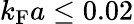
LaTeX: k_{\mathrm{F}}a\le 0.02